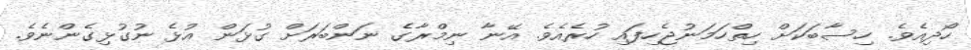
ހޯދިއެވެ. ހިސާބަކަށް ހިތްހަމަނުޖެހިފައި ހުރެއެވެ. އޭނާ ނިމްރާގެ ނަންބަރަށް ގުޅަން އުޅެ ނުގުޅިގެންނެވެ.